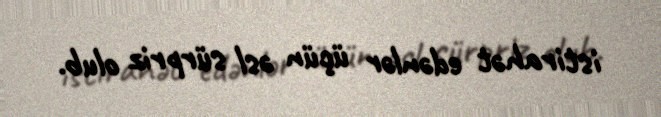
istirahət edənlər üçün əsl sürpriz olub.